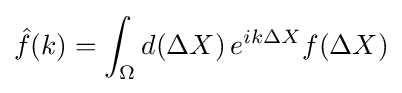
{\hat {f}}(k)=\int _{\Omega }d(\Delta X)\,e^{ik\Delta X}f(\Delta X)